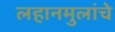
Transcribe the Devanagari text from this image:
लहानमुलांचे